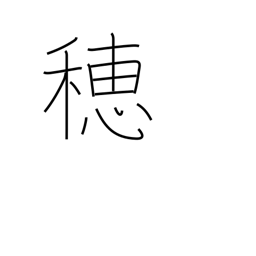
Meaning: ear (grain)